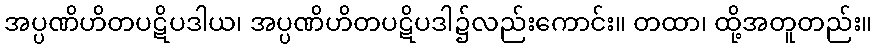
အပ္ပဏိဟိတပဋိပဒါယ၊ အပ္ပဏိဟိတပဋိပဒါ၌လည်းကောင်း။ တထာ၊ ထို့အတူတည်း။